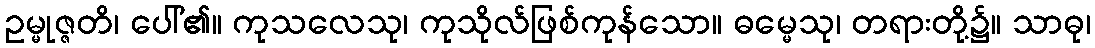
ဥမ္မုဇ္ဇတိ၊ ပေါ်၏။ ကုသလေသု၊ ကုသိုလ်ဖြစ်ကုန်သော။ ဓမ္မေသု၊ တရားတို့၌။ သာဓု၊